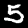
Label: 5